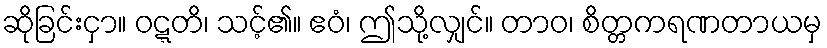
ဆိုခြင်းငှာ။ ဝဋ္ဋတိ၊ သင့်၏။ ဧဝံ၊ ဤသို့လျှင်။ တာဝ၊ စိတ္တကရဏတာယမှ